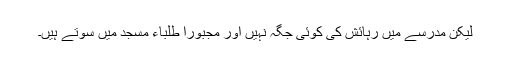
لیکن مدرسے میں رہائش کی کوئی جگہ نہیں اور مجبوراً طلباء مسجد میں سوتے ہیں۔